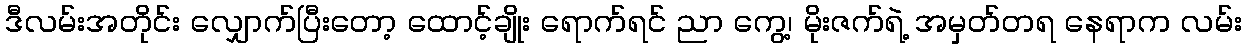
ဒီလမ်းအတိုင်း လျှောက်ပြီးတော့ ထောင့်ချိုး ရောက်ရင် ညာ ကွေ့၊ မိုးဇက်ရဲ့ အမှတ်တရ နေရာက လမ်း